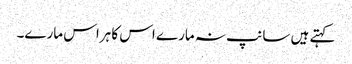
کہتے ہیں سانپ نہ مارے اس کا ہراس مارے۔